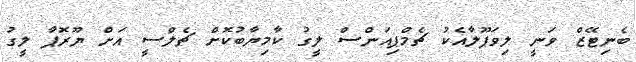
ބެނިޓޭޒް ވަނީ ލިވަޕޫލާއެކު ޗެމްޕިއަންސް ލީގު ކާމިޔާބުކޮށް ޗެލްސީ އަށް ޔޫރޮޕާ ލީގު